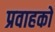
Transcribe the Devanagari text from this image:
प्रवाहकों